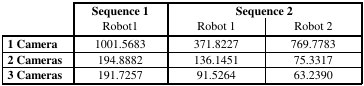
<table><thead><tr><td rowspan="2"></td><td><b>Sequence 1</b></td><td colspan="2"><b>Sequence 2</b></td></tr><tr><td><b>Robot1</b></td><td><b>Robot 1</b></td><td><b>Robot 2</b></td></tr></thead><tbody><tr><td><b>1 Camera</b></td><td>1001.5683</td><td>371.8227</td><td>769.7783</td></tr><tr><td><b>2 Cameras</b></td><td>194.8882</td><td>136.1451</td><td>75.3317</td></tr><tr><td><b>3 Cameras</b></td><td>191.7257</td><td>91.5264</td><td>63.2390</td></tr></tbody></table>